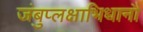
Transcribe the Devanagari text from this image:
जंबुप्लक्षाभिधानौ